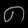
Digit: ၈